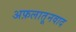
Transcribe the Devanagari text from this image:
अफ़लातूनवाद